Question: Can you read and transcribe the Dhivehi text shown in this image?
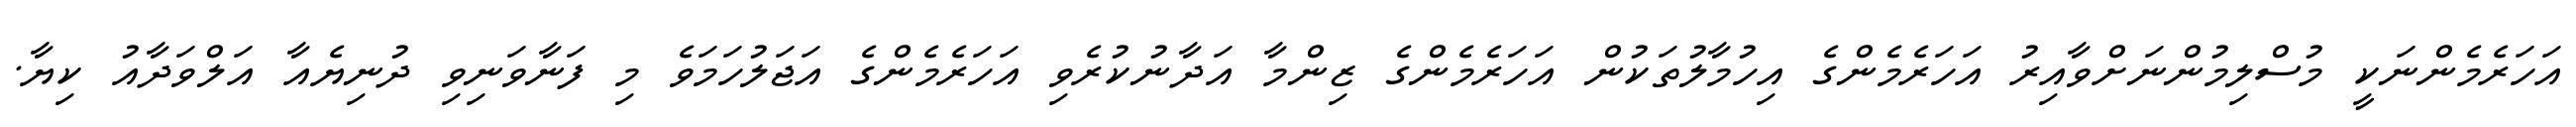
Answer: އަހަރެމެންނަކީ މުސްލިމުންނަށްވާއިރު އަހަރެމެންގެ އިހުމާލުތަކުން އަހަރެމެންގެ ޒިންމާ އަދާނުކުރެވި އަހަރެމެންގެ އަޖަލުހަމަވެ މި ފަނާވަނިވި ދުނިޔެއާ އަލްވަދާއު ކިޔާ.